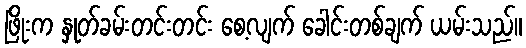
ဖြိုးက နှုတ်ခမ်းတင်းတင်း စေ့လျက် ခေါင်းတစ်ချက် ယမ်းသည်။